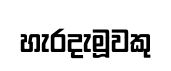
හැරදැමූවකු